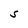
Character: S